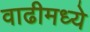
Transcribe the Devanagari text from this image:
वाढीमध्ये